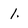
Character: 1